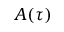
A ( \tau )